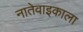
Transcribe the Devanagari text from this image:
नातेवाइकाला